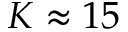
K \approx 1 5